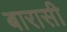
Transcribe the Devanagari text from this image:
बारासी